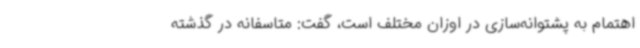
اهتمام به پشتوانه‌سازی در اوزان مختلف است، گفت: متاسفانه در گذشته